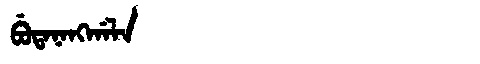
Manchu: ᠪᡠᡨᠠᠨᠠᠩᡤᠠᠯᠠ
Romanization: BUTANANGGALA